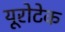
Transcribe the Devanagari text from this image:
यूरोटेक